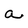
Character: a